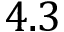
4 . 3